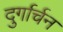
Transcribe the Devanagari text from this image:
दुर्गार्चन